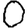
Digit: 0